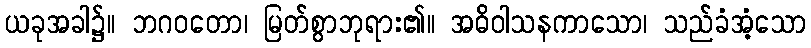
ယခုအခါ၌။ ဘဂဝတော၊ မြတ်စွာဘုရား၏။ အဓိဝါသနကာသော၊ သည်ခံအံ့သော